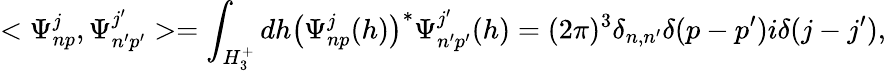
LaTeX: <\Psi_{np}^{j},\Psi_{n^{\prime}p^{\prime}}^{j^{\prime}}>=\int_{H_{3}^{+}}dh\left(\Psi_{np}^{j}(h)\right)^{\ast}\Psi_{n^{\prime}p^{\prime}}^{j^{\prime}}(h)=(2\pi)^{3}\delta_{n,n^{\prime}}\delta(p-p^{\prime})i\delta(j-j^{\prime}),